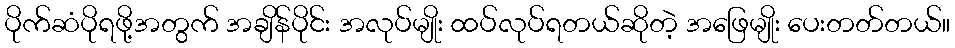
ပိုက်ဆံပိုရဖို့အတွက် အချိန်ပိုင်း အလုပ်မျိုး ထပ်လုပ်ရတယ်ဆိုတဲ့ အဖြေမျိုး ပေးတတ်တယ်။